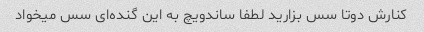
کنارش دوتا سس بزارید لطفا ساندویچ به این گنده‌ای سس میخواد